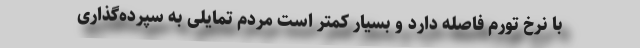
با نرخ تورم فاصله دارد و بسیار کمتر است مردم تمایلی به سپرده‌گذاری